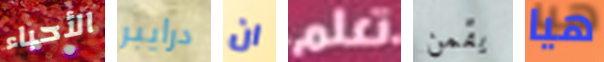
الأحباء درايبر ان تعلم يقمن هيا